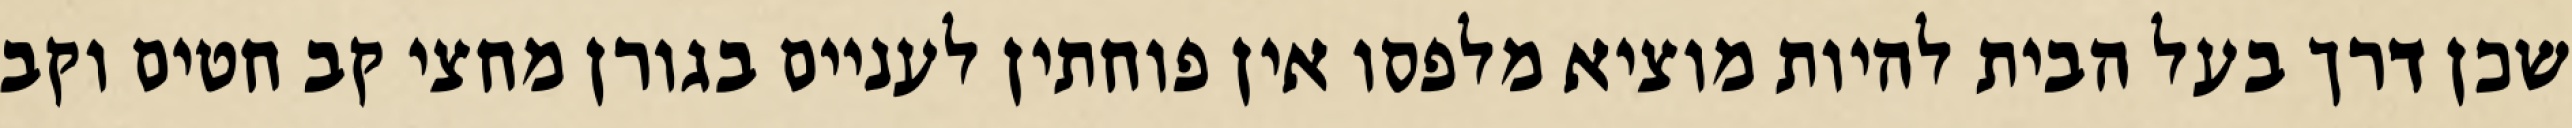
שכן דרך בעל הבית להיות מוציא מלפסו אין פוחתין לעניים בגורן מחצי קב חטים וקב